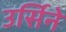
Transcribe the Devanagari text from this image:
उर्सिने